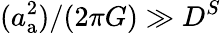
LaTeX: (a_{\mathrm{a}}^{2})/(2\pi G)\gg D^{S}